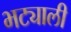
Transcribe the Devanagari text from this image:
भट्याली